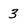
Character: 3